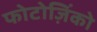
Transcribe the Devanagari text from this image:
फोटोज़िंको